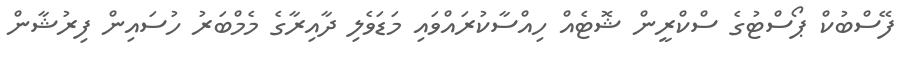
ފޭސްބުކް ޕޯސްޓުގެ ސްކްރީން ޝޮޓެއް ހިއްސާކުރައްވައި މަޑަވެލި ދާއިރާގެ މެމްބަރު ހުސައިން ފިރުޝާން